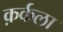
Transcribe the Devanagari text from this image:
क़र्कला